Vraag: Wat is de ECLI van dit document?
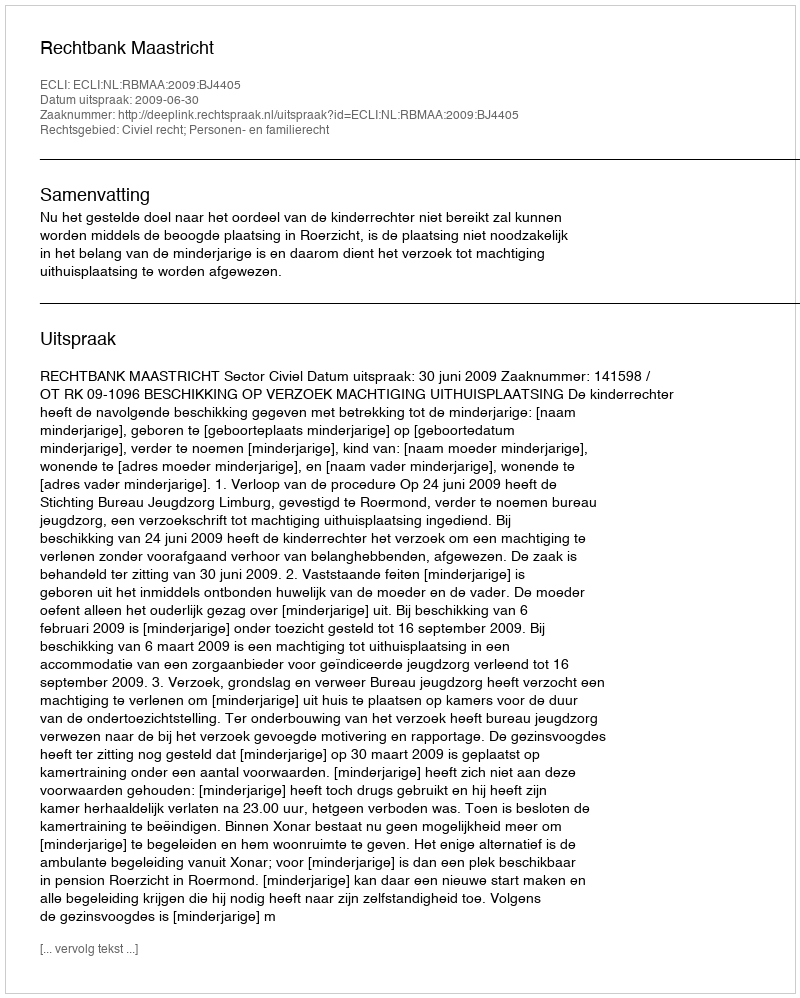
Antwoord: ECLI:NL:RBMAA:2009:BJ4405